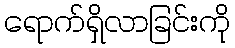
ရောက်ရှိလာခြင်းကို